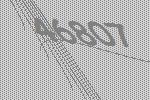
46807